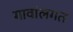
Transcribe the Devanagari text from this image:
गावांलगत